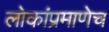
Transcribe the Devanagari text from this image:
लोकांप्रमाणेच